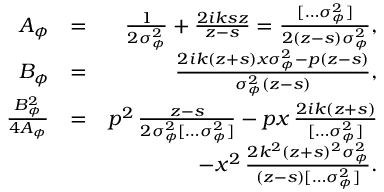
\begin{array} { r l r } { A _ { \phi } } & { = } & { \frac { 1 } { 2 \sigma _ { \phi } ^ { 2 } } + \frac { 2 i k s z } { z - s } = \frac { [ \hdots \sigma _ { \phi } ^ { 2 } ] } { 2 ( z - s ) \sigma _ { \phi } ^ { 2 } } , } \\ { B _ { \phi } } & { = } & { \frac { 2 i k ( z + s ) x \sigma _ { \phi } ^ { 2 } - p ( z - s ) } { \sigma _ { \phi } ^ { 2 } ( z - s ) } , } \\ { \frac { B _ { \phi } ^ { 2 } } { 4 A _ { \phi } } } & { = } & { p ^ { 2 } \, \frac { z - s } { 2 \sigma _ { \phi } ^ { 2 } [ \hdots \sigma _ { \phi } ^ { 2 } ] } - p x \, \frac { 2 i k ( z + s ) } { [ \hdots \sigma _ { \phi } ^ { 2 } ] } } \\ & { } & { \qquad - x ^ { 2 } \, \frac { 2 k ^ { 2 } ( z + s ) ^ { 2 } \sigma _ { \phi } ^ { 2 } } { ( z - s ) [ \hdots \sigma _ { \phi } ^ { 2 } ] } . } \end{array}